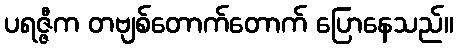
ပရဇ္ဇီက တဗျစ်တောက်တောက် ပြောနေသည်။